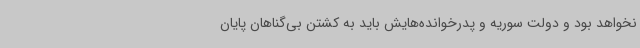
نخواهد بود و دولت سوریه و پدرخوانده‌هایش باید به کشتن بی‌گناهان پایان